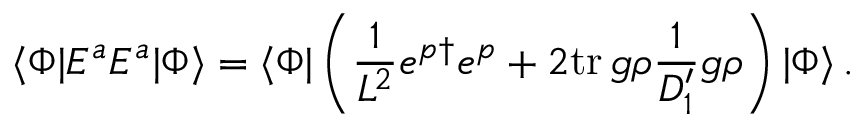
\langle \Phi | E ^ { a } E ^ { a } | \Phi \rangle = \langle \Phi | \left( \frac { 1 } { L ^ { 2 } } e ^ { p \dagger } e ^ { p } + 2 \mathrm { t r } \, g \rho \frac { 1 } { D _ { 1 } ^ { \prime } } g \rho \right) | \Phi \rangle \, .